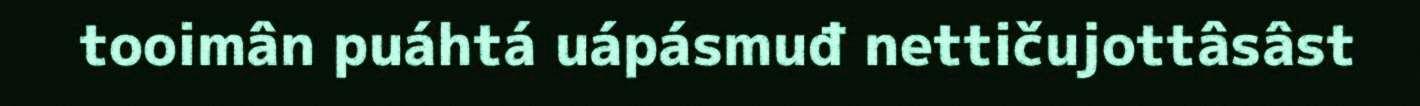
tooimân puáhtá uápásmuđ nettičujottâsâst